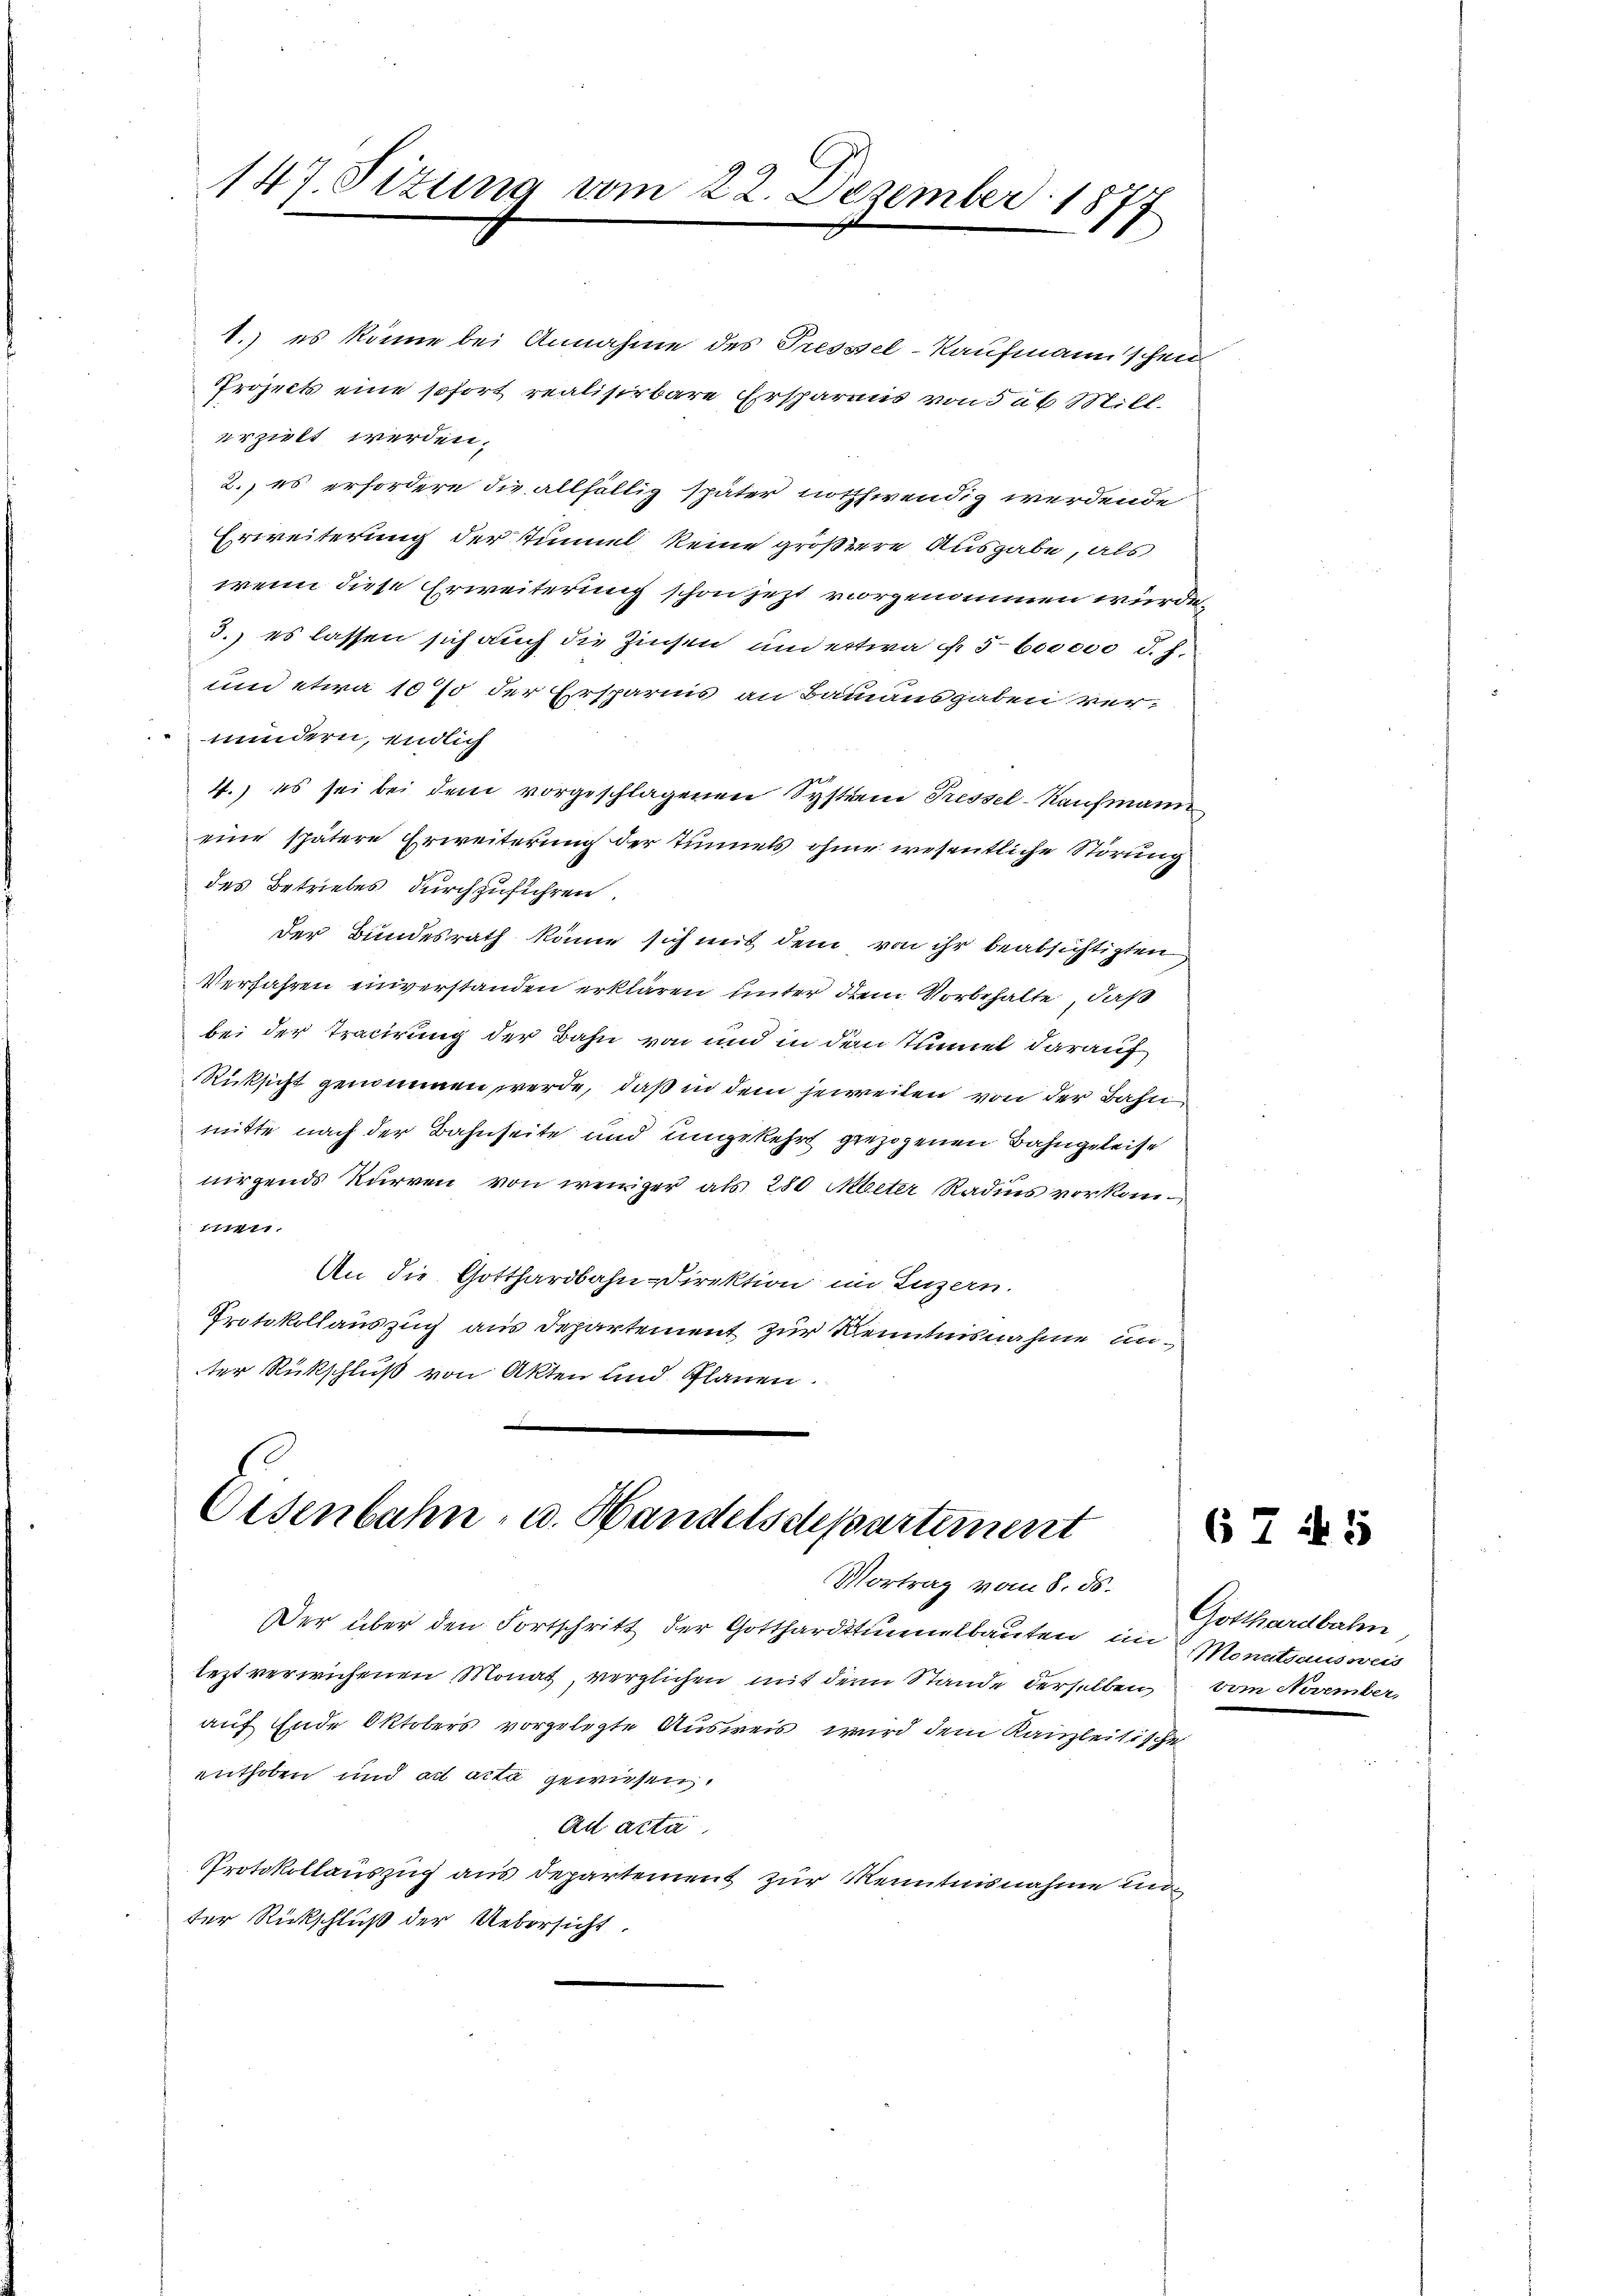
147. Sizung vom 22. Dezember 1877

1.) es könne bei Annahme des Pressel-Kaufmannschen
Project eine sofort realisirbare Ersparens von das Mill.
erzielt werden.
2. es erfordere die allfällig später nothwendig werdenden
Erweiterung der Tunnel keine größere Ausgabe, als
wenn diese Erweiterung schon jetzt vorgenommen wurde
3.) es lassen sich auch die Zinsen und etwa 5 600000 d. h.
un etwa 10 % der Ersparnis an Bauausgaben vermindern, endlich
4.) es sei bei dem vorgeschlagenen System Tressel-Kaufmann
eine spätere Erweiterung der Tunnels ohner wesentliche Störung
des Betriebes durchzuführen.
der Bundesrath könne sich mit dem von ihr beabsichtigten
Verfahren einverstanden erklären unter dem Vorbehalte, daß
bei der Tracirung der Bahn von und in dem Tunnel darauf
Rücksicht genommen werde, daß in dem jeweilen von der Bahn
mitte nach der Bahnseite und umgekehrt gezogenen Bahngeleise
nirgends Kurren von weniger als 280 Meter Radius vorkom¬
111411.
An die Gotthardbahn-Direktion im Luzern.
Protokollauszug aus Departement zur Kenntnisnahme unter Rückschluß von Akten und Plänen.

Eisenbahn- u. Handelsdepartement
Vortrag vom 8. ds.

Der über den Fortschritt der Gotthardtunnelbauten in 2 Monatsausweis
leztverwichenen Monat, verglichen mit dem Stande derselben vom November,
auf Ende Oktobers vorgelegte Ausweis wird dem Kanzleitische
enthoben und ad acta gewiesen.
Ad acta.
Protokollauszug aus departement zur Kenntnisnahme unter Rückschluß der Uebersicht.

Gotthardbahn

6 7 45